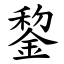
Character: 錅